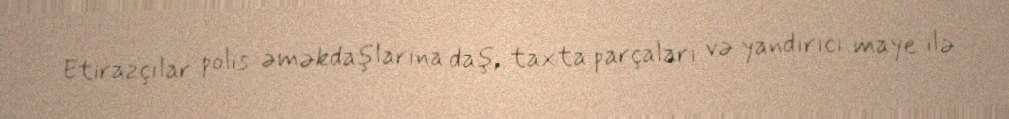
Etirazçılar polis əməkdaşlarına daş, taxta parçaları və yandırıcı maye ilə